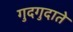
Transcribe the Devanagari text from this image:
गुदगुदाते